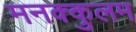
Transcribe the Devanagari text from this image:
मनक्कुलम